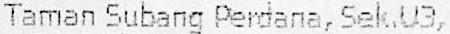
TAMAN SUBANG PERDANA, SEK,U3,